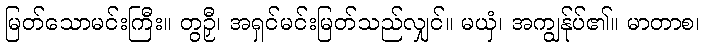
မြတ်သောမင်းကြီး။ တွဉှီ၊ အရှင်မင်းမြတ်သည်လျှင်။ မယှံ၊ အကျွန်ုပ်၏။ မာတာစ၊